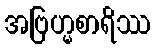
အဗြဟ္မစာရိဿ